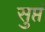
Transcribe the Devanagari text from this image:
सुप्तं